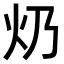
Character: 𤆈